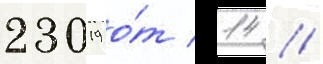
23019 о́т 14 //